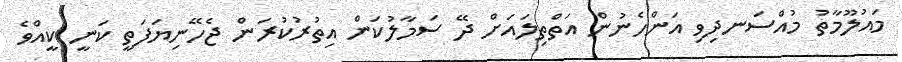
މައުލޫމާތު މުއްސަނދިވި އަންހެނުން އަތްތިލައަށް ދޭ ސަމާލުކަން އިތުރުކުރަން ޖެހޭނިޔަފަތީ ކަނީ ކީއްވެ